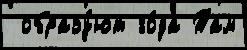
 образу́ют го́да Там